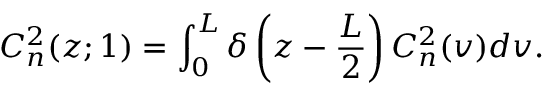
C _ { n } ^ { 2 } ( z ; 1 ) = \int _ { 0 } ^ { L } \delta \left( z - \frac { L } { 2 } \right) C _ { n } ^ { 2 } ( v ) d v .